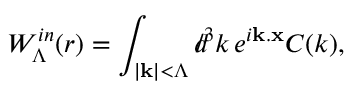
W _ { \Lambda } ^ { i n } ( r ) = \int _ { | { \bf k } | < \Lambda } d \! \! \! / ^ { 3 } k \, e ^ { i { \bf k } . { \bf x } } C ( k ) ,